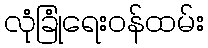
လုံခြုံရေးဝန်ထမ်း